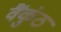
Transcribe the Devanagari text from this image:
वैंकुंठ